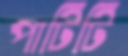
পাটিটি